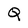
Character: Q